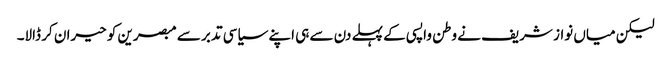
لیکن میاں نواز شریف نے وطن واپسی کے پہلے دن سے ہی اپنے سیاسی تدبر سے مبصرین کو حیران کر ڈالا۔